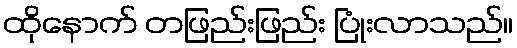
ထိုနောက် တဖြည်းဖြည်း ပြုံးလာသည်။